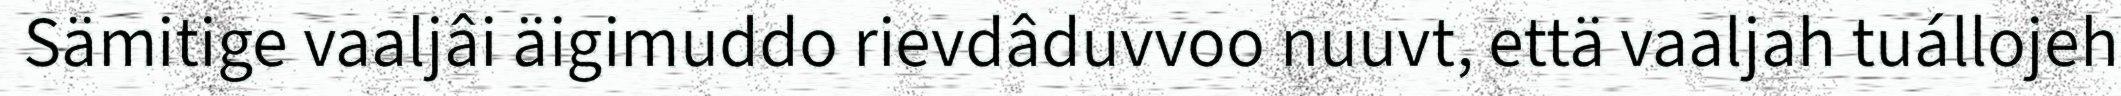
Sämitige vaaljâi äigimuddo rievdâduvvoo nuuvt, että vaaljah tuállojeh